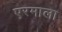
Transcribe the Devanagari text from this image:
एरमाला